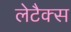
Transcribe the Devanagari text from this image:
लेटैक्स